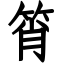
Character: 筲